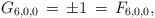
LaTeX: \begin{align*}G_{6,0,0}\,=\,\pm1\,=\,F_{6,0,0},\end{align*}